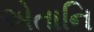
એતાનિ